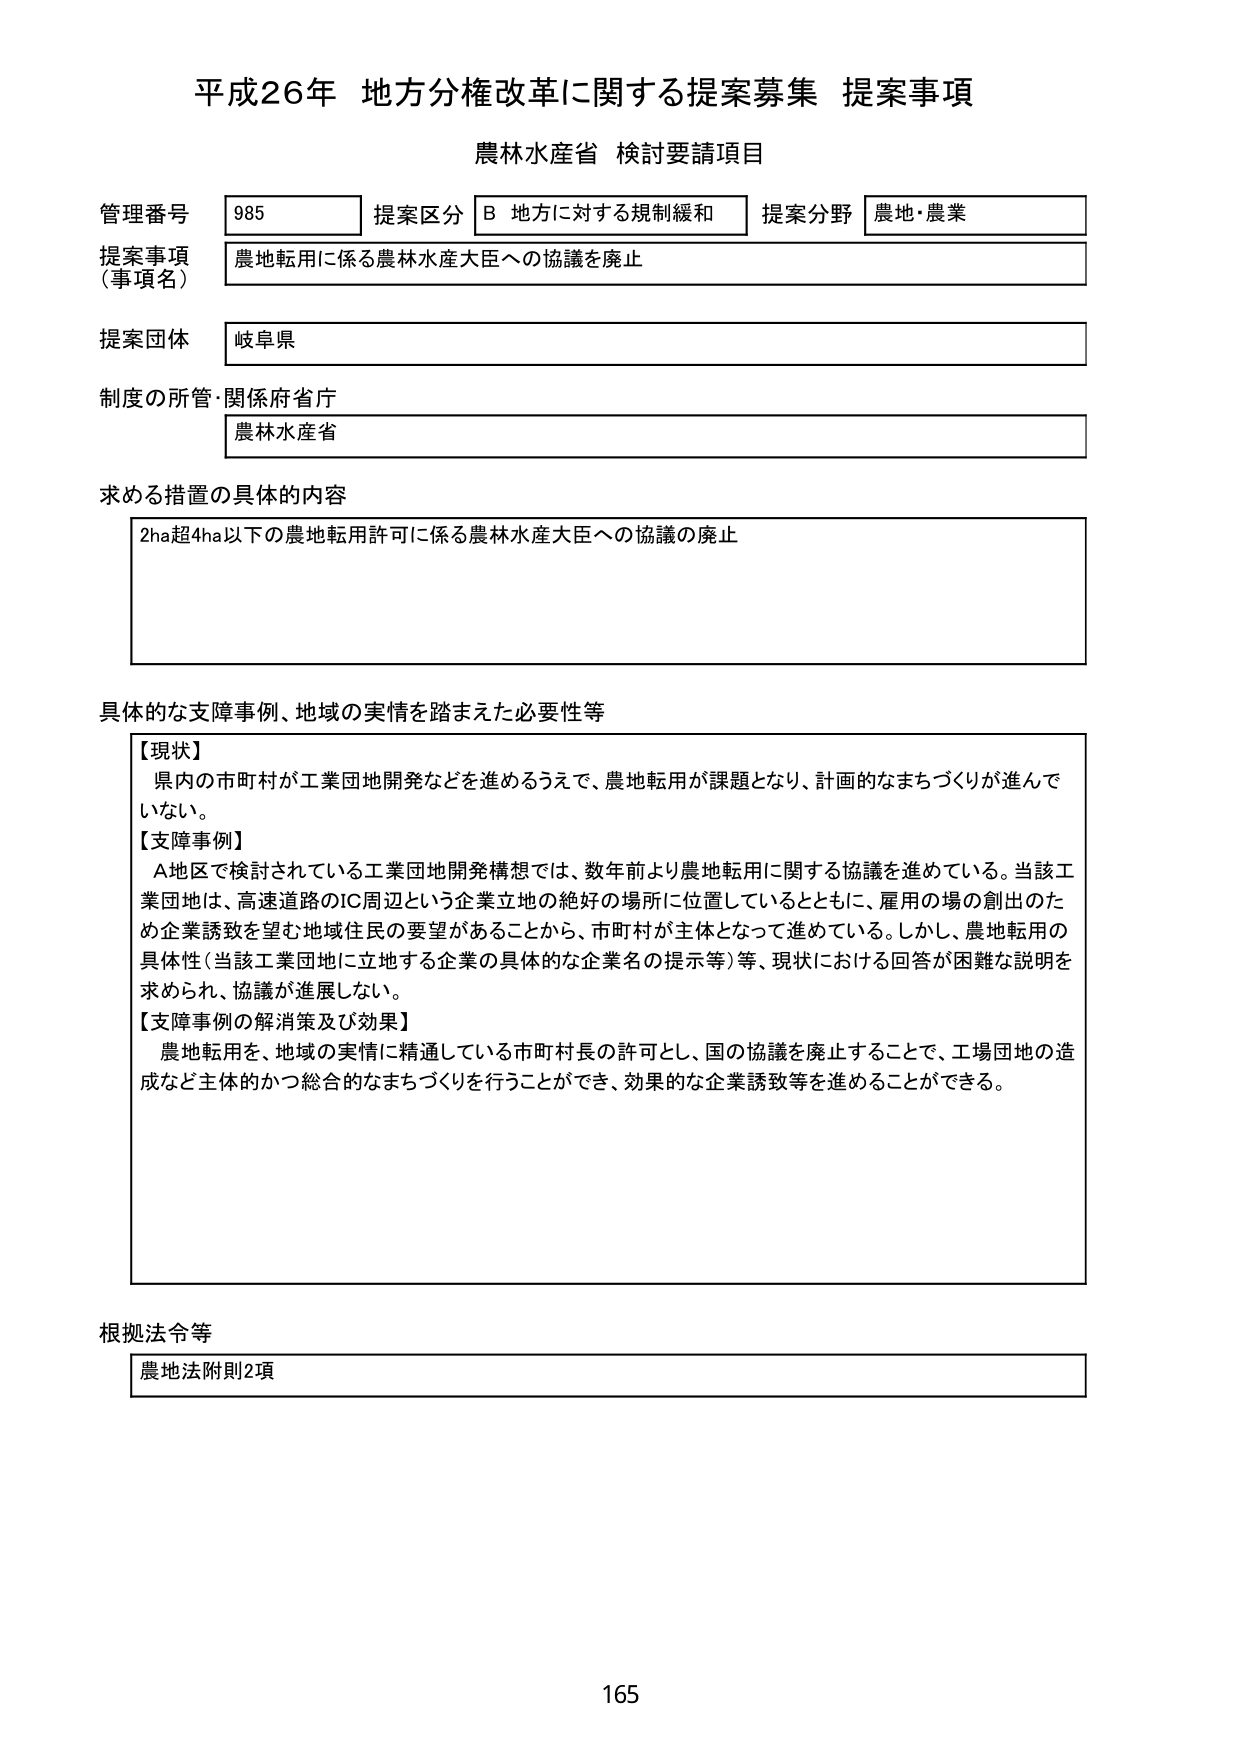
平成26年 地方分権改革に関する提案募集 提案事項
農林水産省 検討要請項目

管理番号 985 提案区分 B 地方に対する規制緩和 提案分野 農地・農業
提案事項（事項名） 農地転用に係る農林水産大臣への協議を廃止
提案団体 岐阜県
制度の所管・関係府省庁 農林水産省

求める措置の具体的内容
2ha超4ha以下の農地転用許可に係る農林水産大臣への協議の廃止

具体的な支障事例、地域の実情を踏まえた必要性等
【現状】
県内の市町村が工業団地開発などを進めるうえで、農地転用が課題となり、計画的なまちづくりが進んでいない。
【支障事例】
A地区で検討されている工業団地開発構想では、数年前より農地転用に関する協議を進めている。当該工業団地は、高速道路のIC周辺という企業立地の絶好の場所に位置しているとともに、雇用の場の創出のため企業誘致を望む地域住民の要望があることから、市町村が主体となって進めている。しかし、農地転用の具体性（当該工業団地に立地する企業の具体的な企業名の提示等）等、現状における回答が困難な説明を求められ、協議が進展しない。
【支障事例の解消策及び効果】
農地転用を、地域の実情に精通している市町村長の許可とし、国の協議を廃止することで、工場団地の造成など主体的かつ総合的なまちづくりを行うことができ、効果的な企業誘致等を進めることができる。

根拠法令等
農地法附則2項

165